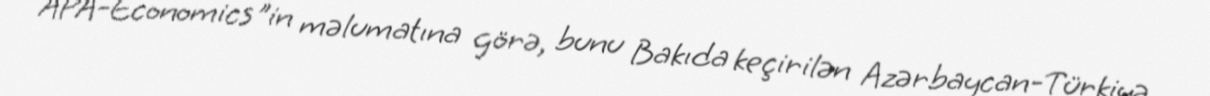
APA-Economics"in məlumatına görə, bunu Bakıda keçirilən Azərbaycan-Türkiyə